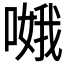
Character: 𠹷